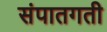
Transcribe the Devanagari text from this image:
संपातगती